画像に写った文字を読んでください
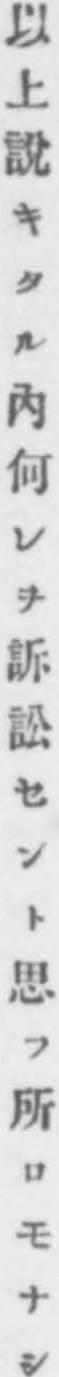
「以上說キタル內何レヲ訴訟セント思フ所ロモナシ」と書いてあります